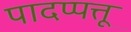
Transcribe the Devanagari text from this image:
पादप्पत्तू